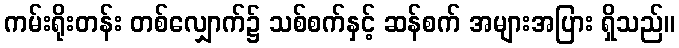
ကမ်းရိုးတန်း တစ်လျှောက်၌ သစ်စက်နှင့် ဆန်စက် အများအပြား ရှိသည်။